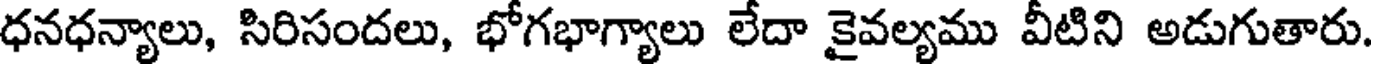
ధనధన్యాలు, సిరిసందలు, భోగభాగ్యాలు లేదా కైవల్యము వీటిని అడుగుతారు